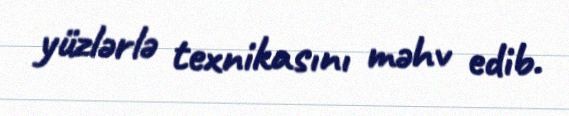
yüzlərlə texnikasını məhv edib.